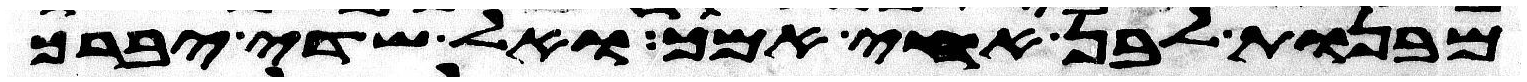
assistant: מבנות לבן אחי אמך ואל שדי יברך